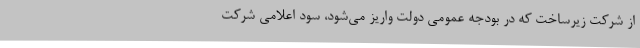
از شرکت زیرساخت که در بودجه عمومی دولت واریز می‌شود، سود اعلامی شرکت